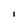
Character: i